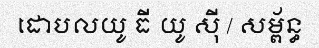
ដោបលយូ ធី យូ ស៊ី / សម្ព័ន្ធ